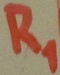
Text: R1